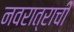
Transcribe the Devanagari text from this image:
नवरात्राची